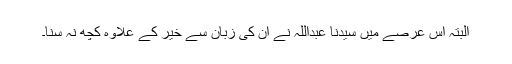
البتہ اس عرصے میں سیّدنا عبداللہ نے ان کی زبان سے خیر کے علاوہ کچھ نہ سنا۔